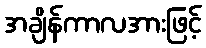
အချိန်ကာလအားဖြင့်